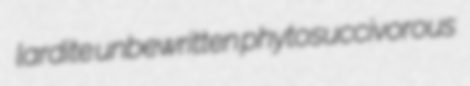
lardite unbewritten phytosuccivorous